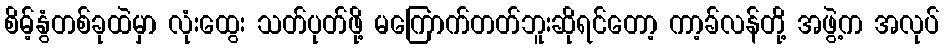
စိမ့်နွံတစ်ခုထဲမှာ လုံးထွေး သတ်ပုတ်ဖို့ မကြောက်တတ်ဘူးဆိုရင်တော့ ကာ့ခ်လန်တို့ အဖွဲ့က အလုပ်